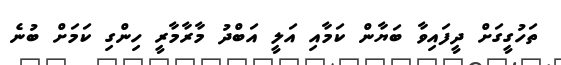
ތަހުގީގަށް ދީފައިވާ ބަޔާން ކަމާއި އަލީ އަބްދު މާރާމާރީ ހިންގި ކަމަށް ބުނެ